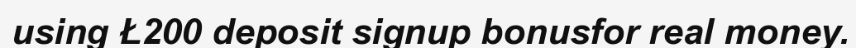
using £200 deposit signup bonusfor real money.